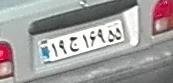
۱۹ج۱۶۹۵۵